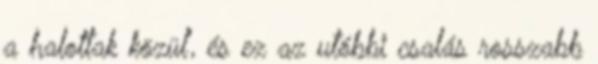
a halottak közül'', és ez az utóbbi csalás rosszabb